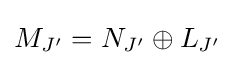
M_{J'}=N_{J'}\oplus L_{J'}